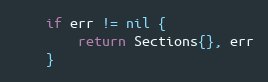
Language: Go
	if err != nil {
		return Sections{}, err
	}